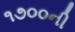
૧૭૦૦ની